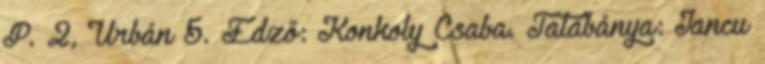
P. 2, Urbán 5. Edző: Konkoly Csaba. Tatabánya: Iancu